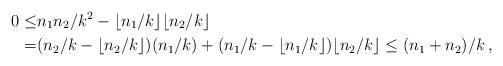
LaTeX: \begin{align*} 0 \le & n_1n_2/k^2 -\lfloor n_1/k\rfloor\lfloor n_2/k\rfloor\\ = &(n_2/k-\lfloor n_2/k\rfloor) (n_1/k)+(n_1/k-\lfloor n_1/k\rfloor)\lfloor n_2/k\rfloor \le (n_1+n_2)/k\,, \end{align*}